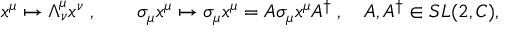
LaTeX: x ^ { \mu } \mapsto \Lambda _ { \nu } ^ { \mu } x ^ { \nu } \; , \qquad \sigma _ { \mu } x ^ { \mu } \mapsto \sigma _ { \mu } x ^ { \mu } = A \sigma _ { \mu } x ^ { \mu } A ^ { \dagger } \; , \quad A , A ^ { \dagger } \in S L ( 2 , C ) ,